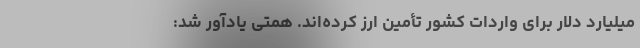
میلیارد دلار برای واردات کشور تأمین ارز کرده‌اند. همتی یادآور شد: